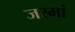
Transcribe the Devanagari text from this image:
जरमां